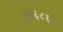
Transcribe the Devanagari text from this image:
३५६८६४